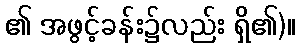
၏ အဖွင့်ခန်း၌လည်း ရှိ၏)။